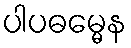
ပါပဓမ္မေန